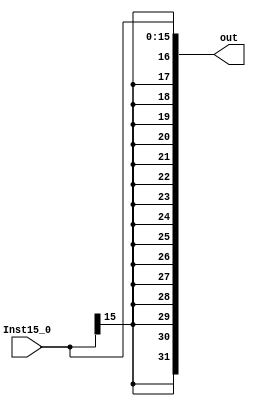
`timescale 1ns / 1ps
module Extend (input [15:0] Inst15_0,
               output reg [31:0] out);
always @(Inst15_0) begin
        out <= {{16{Inst15_0[15]}}, Inst15_0[15:0]};
end
endmodule //extend